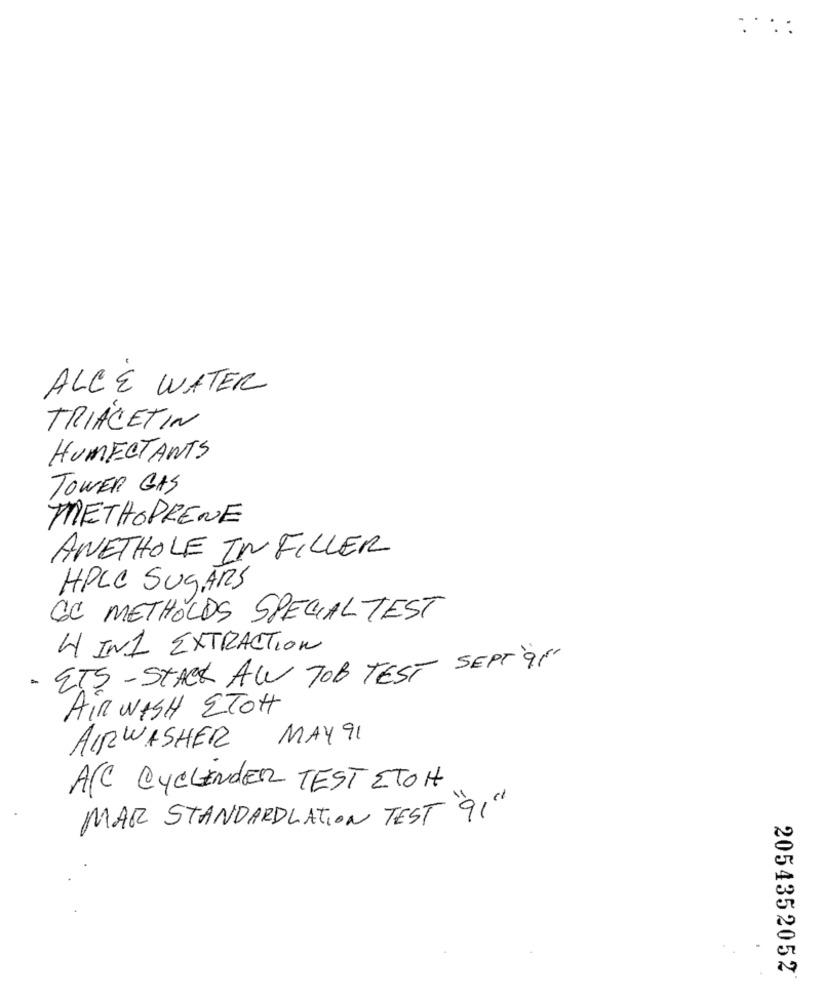
.:
ALCE WATER
TRIACETIN
HUMECTANTS
TOWER GAS
METHOPRENE
ANETHOLE IN FILLER
HPLC SUGARS
CC METHOLDS SPECIAL TEST
W INI EXTRACTION
- ETS -STACK AW TOB TEST SEPT'9'
AIR WASH ETOH
MAY 91
AIRWASHER
ACC CYCLENDER TEST ETOH
MAR STANDARDLATION TEST "91"
2054352052